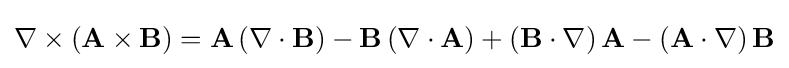
\nabla \times \left(\mathbf {A} \times \mathbf {B} \right)=\mathbf {A} \left(\nabla \cdot \mathbf {B} \right)-\mathbf {B} \left(\nabla \cdot \mathbf {A} \right)+\left(\mathbf {B} \cdot \nabla \right)\mathbf {A} -\left(\mathbf {A} \cdot \nabla \right)\mathbf {B}